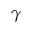
\gamma